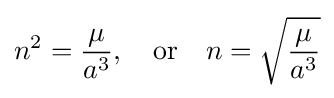
n^{2}={\frac {\mu }{a^{3}}},\quad {\text{or}}\quad n={\sqrt {\frac {\mu }{a^{3}}}}